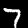
Digit: 7